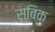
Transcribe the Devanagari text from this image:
सुबिक